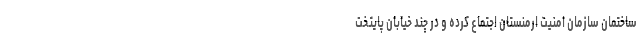
ساختمان سازمان امنیت ارمنستان اجتماع کرده و در چند خیابان پایتخت